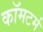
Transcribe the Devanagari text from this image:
कॉमटर्म